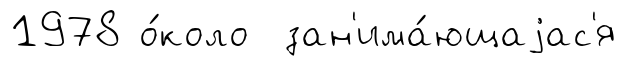
1978 о́коло зан'има́ющаjас'я